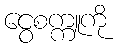
ငွေစက္ကူကို